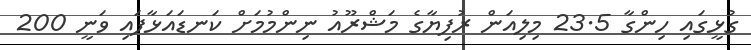
ގުޅީގައި ހިންގާ 23.5 މިލިއަން ރުފިޔާގެ މަޝްރޫއު ނިންމުމަށް ކަނޑައަޅާފައި ވަނީ 200